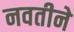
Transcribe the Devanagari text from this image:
नवतीने